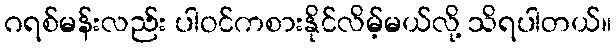
ဂရစ်မန်းလည်း ပါဝင်ကစားနိုင်လိမ့်မယ်လို့ သိရပါတယ်။